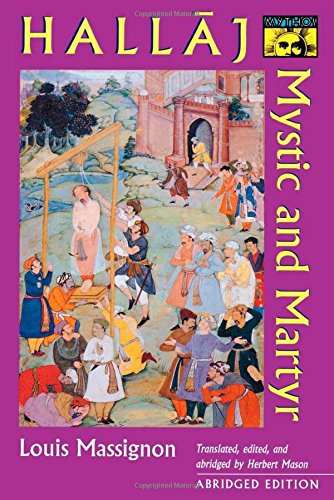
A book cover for Hallaj: Mystic and Martyr [ABRIDGED]; Louis Massignon; Religion & Spirituality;